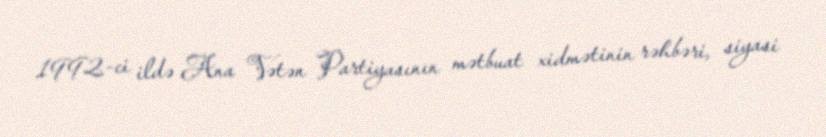
1992-ci ildə Ana Vətən Partiyasının mətbuat xidmətinin rəhbəri, siyasi